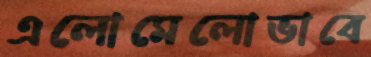
এলোমেলোভাবে